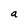
Character: a